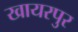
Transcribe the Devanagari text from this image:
खायरपुर